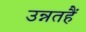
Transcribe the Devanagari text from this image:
उन्नतहैं